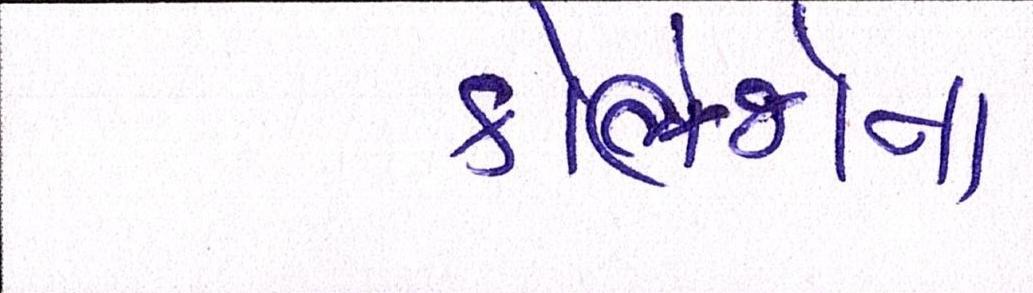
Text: કોલેજોના